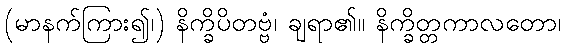
(မာနက်ကြား၍၊) နိက္ခိပိတဗ္ဗံ၊ ချရာ၏။ နိက္ခိတ္တကာလတော၊